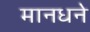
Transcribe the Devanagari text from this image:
मानधने